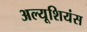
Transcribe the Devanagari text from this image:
अल्यूशियंस